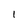
Character: l